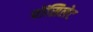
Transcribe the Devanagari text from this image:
पोंसिलेट